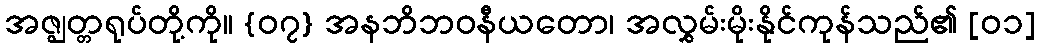
အဇ္ဈတ္တရုပ်တို့ကို။ {၀၇} အနဘိဘဝနီယတော၊ အလွှမ်းမိုးနိုင်ကုန်သည်၏ [၀၁]